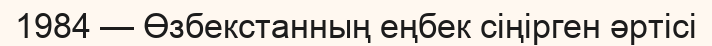
1984 — Өзбекстанның еңбек сіңірген әртісі